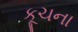
કૂચના